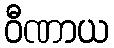
ဝီဏာယ